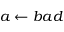
a \gets b a d